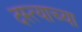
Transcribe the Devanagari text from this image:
दस्त्याच्या